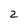
Character: 2